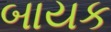
બાયક